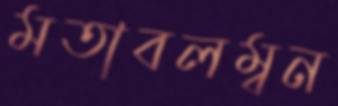
মতাবলম্বন